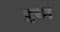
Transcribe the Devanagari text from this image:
हच्न